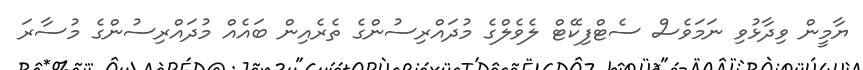
ޔާމީން ވިދާޅުވި ނަމަވެސް ސެޓްފިކޭޓް ލެވެލްގެ މުދައްރިސުންގެ ތެރެއިން ބައެއް މުދައްރިސުންގެ މުސާރަ